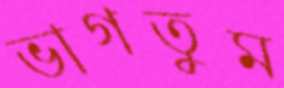
ভাগতুম